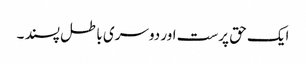
ایک حق پرست اور دوسری باطل پسند ۔